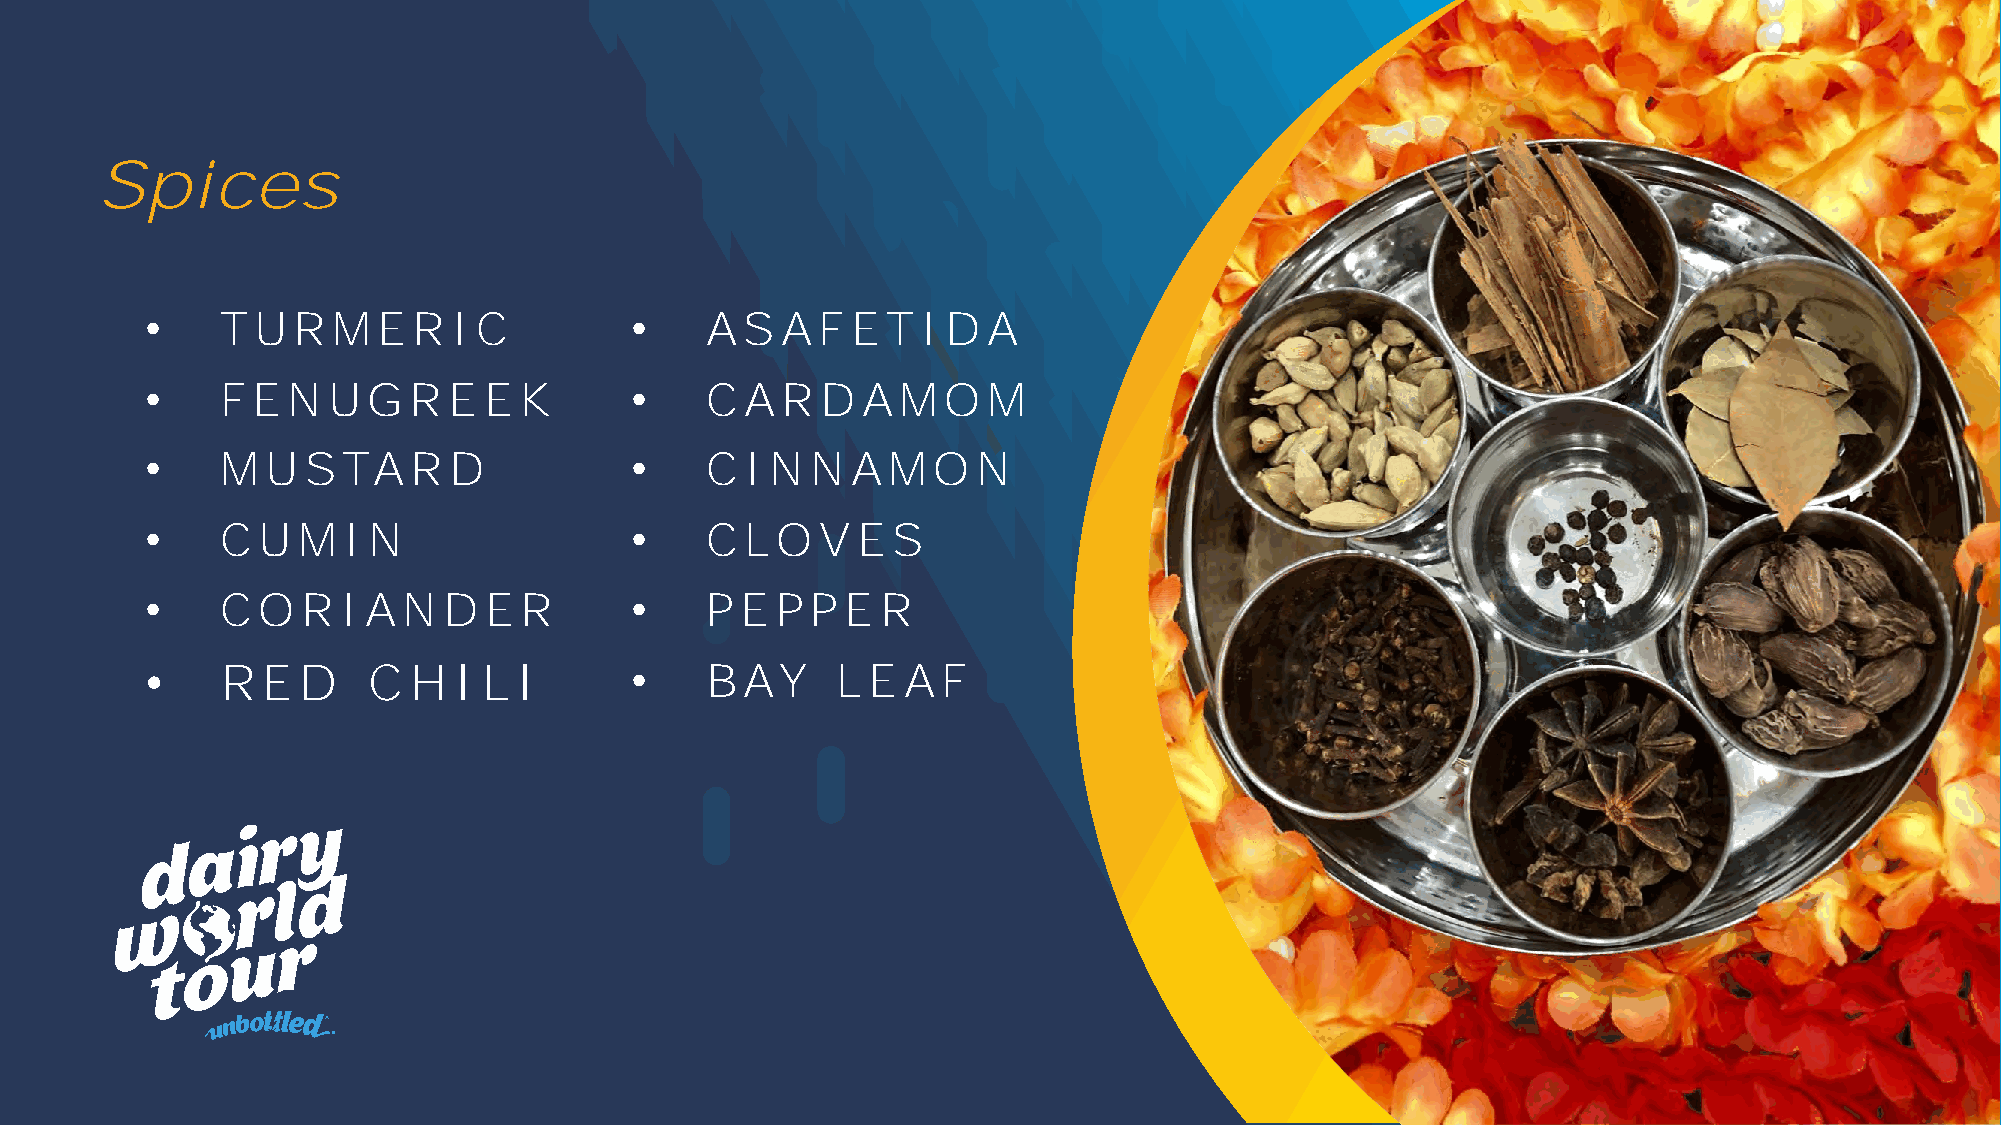
Spices
 •    TUR    ME   R  IC          •    ASAFE       TIDA
 •    FE  NUGR       E E K       •    C AR   DAMO       M
 •    MUSTAR         D           •    C INNAMO          N
 •    C UMIN                     •    C L O  VE   S
 •    C O  R  IANDE      R       •    P E P  P E R
 •    RED      C  HI   L I       •    BAY     L E  AF